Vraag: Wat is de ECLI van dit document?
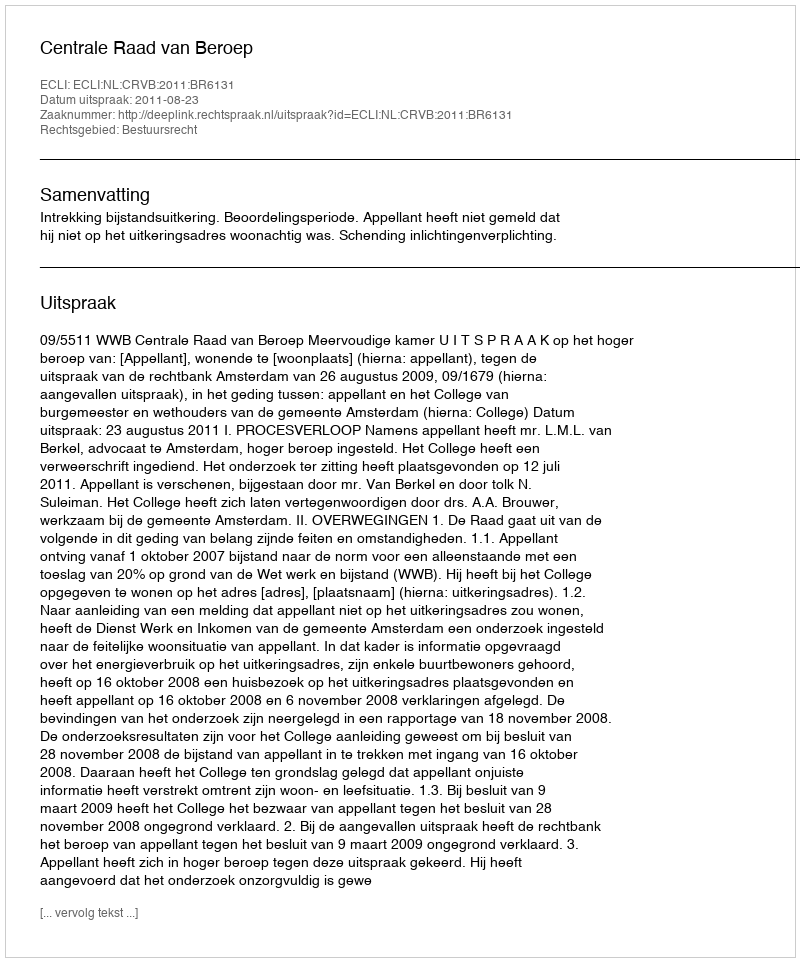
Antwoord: ECLI:NL:CRVB:2011:BR6131